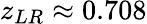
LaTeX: z_{LR}\approx 0.708